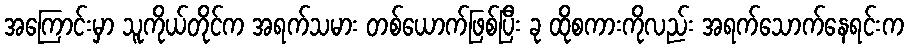
အကြောင်းမှာ သူကိုယ်တိုင်က အရက်သမား တစ်ယောက်ဖြစ်ပြီး ခု ထိုစကားကိုလည်း အရက်သောက်နေရင်းက